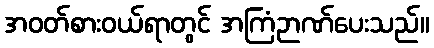
အဝတ်စားဝယ်ရာတွင် အကြံဉာဏ်ပေးသည်။